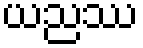
ယညဿ